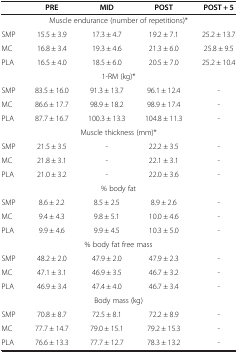
|  | PRE | MID | POST | POST + 5 |
 | --- | --- | --- | --- | --- |
 | <COLSPAN=5> Muscle endurance (number of repetitions)* |
 | SMP | 15.5 ± 3.9 | 17.3 ± 4.7 | 19.2 ± 7.1 | 25.2 ± 13.7 |
 | MC | 16.8 ± 3.4 | 19.3 ± 4.6 | 21.3 ± 6.0 | 25.8 ± 9.5 |
 | PLA | 16.5 ± 4.0 | 18.5 ± 6.0 | 20.5 ± 7.0 | 25.2 ± 10.4 |
 | <COLSPAN=5> 1-RM (kg)* |
 | SMP | 83.5 ± 16.0 | 91.3 ± 13.7 | 96.1 ± 12.4 | - |
 | MC | 86.6 ± 17.7 | 98.9 ± 18.2 | 98.9 ± 17.4 | - |
 | PLA | 87.7 ± 16.7 | 100.3 ± 13.3 | 104.8 ± 11.3 | - |
 | <COLSPAN=5> Muscle thickness (mm)* |
 | SMP | 21.5 ± 3.5 | - | 22.2 ± 3.5 | - |
 | MC | 21.8 ± 3.1 | - | 22.1 ± 3.1 | - |
 | PLA | 21.0 ± 3.2 | - | 22.0 ± 3.6 | - |
 | <COLSPAN=5> % body fat |
 | SMP | 8.6 ± 2.2 | 8.5 ± 2.5 | 8.9 ± 2.6 | - |
 | MC | 9.4 ± 4.3 | 9.8 ± 5.1 | 10.0 ± 4.6 | - |
 | PLA | 9.9 ± 4.6 | 9.9 ± 4.5 | 10.3 ± 5.0 | - |
 | <COLSPAN=5> % body fat free mass |
 | SMP | 48.2 ± 2.0 | 47.9 ± 2.0 | 47.9 ± 2.3 | - |
 | MC | 47.1 ± 3.1 | 46.9 ± 3.5 | 46.7 ± 3.2 | - |
 | PLA | 46.9 ± 3.4 | 47.4 ± 4.0 | 46.7 ± 3.4 | - |
 | <COLSPAN=5> Body mass (kg) |
 | SMP | 70.8 ± 8.7 | 72.5 ± 8.1 | 72.2 ± 8.9 | - |
 | MC | 77.7 ± 14.7 | 79.0 ± 15.1 | 79.2 ± 15.3 | - |
 | PLA | 76.6 ± 13.3 | 77.7 ± 12.7 | 78.3 ± 13.2 | - |